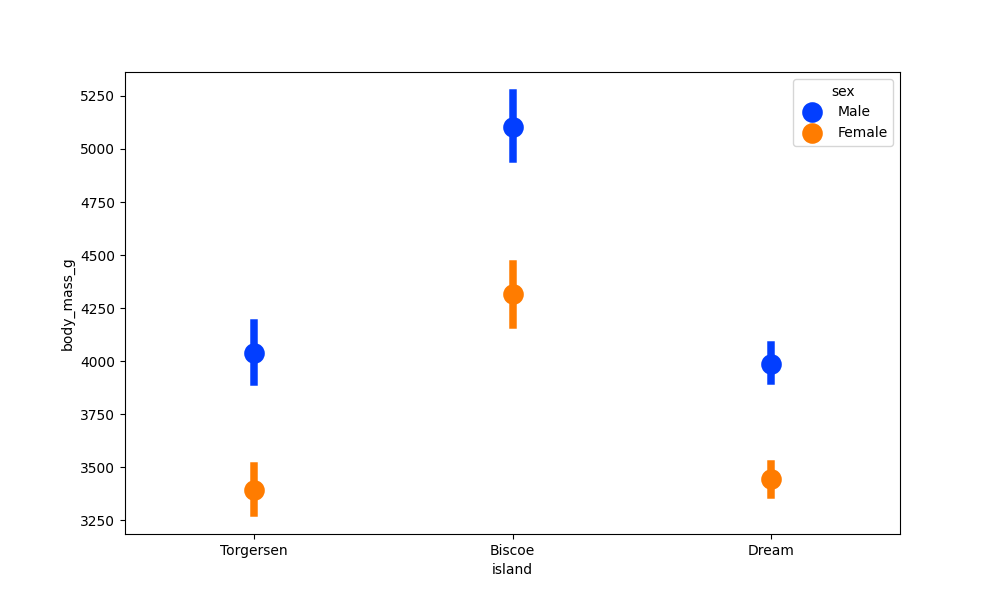
python, seaborn, pointplot, scale=2.0, join=False, hue='sex', palette='bright'